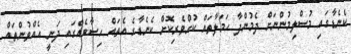
ކެނެޑާގައި މުސްލިމުންނަށް ދެމުންދާ ހަމަލާތައް ކުށްވެރިކޮށް ކެނެޑާގެ އެތައް ހިސާބެއްގައި ދަނީ އެއްވުންތައް